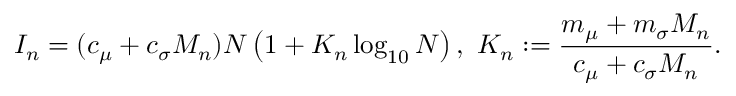
I _ { n } = ( c _ { \mu } + c _ { \sigma } M _ { n } ) N \left( 1 + K _ { n } \log _ { 1 0 } N \right) , \, \, K _ { n } : = \frac { m _ { \mu } + m _ { \sigma } M _ { n } } { c _ { \mu } + c _ { \sigma } M _ { n } } .